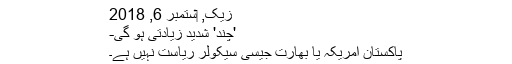
زیک, ‏ستمبر 6, 2018
'چند' شدید زیادتی ہو گی-
پاکستان امریکہ یا بھارت جیسی سیکولر ریاست نہیں ہے۔